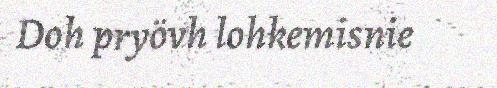
Doh pryövh lohkemisnie